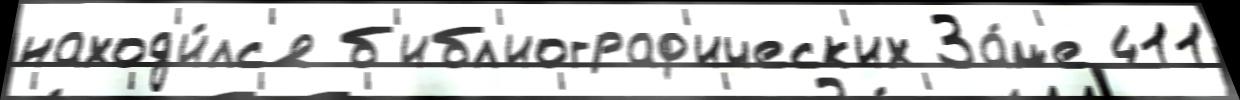
наход'и́лс'я б'ибл'иограф'ическ'их За́м'е 411